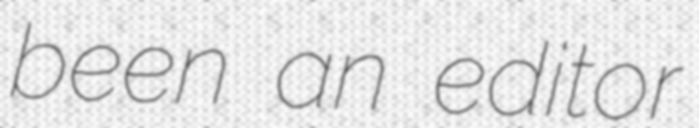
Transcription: been an editor